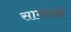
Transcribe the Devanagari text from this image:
सामंतने